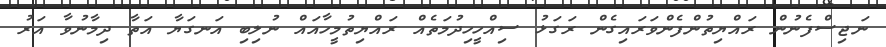
ނަޖިސްފެނުން ރައްޔިތުންފެންވަރައިގެން ރަގަޅު ސިއްހީހިދުމަތެއް ރައްޔިތުމީހާއައް ނުލިބި އަނގަޔާ އަތާ ދިމާނުވާ އަރު